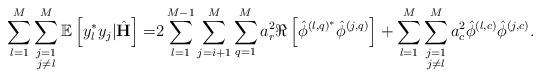
LaTeX: \begin{align*} \sum_{l=1}^M\sum\limits_{\substack{j=1\\j\neq l}}^M\mathbb{E}\left[y_l^* y_j|\hat{\mathbf{H}}\right]=&2\sum_{l=1}^{M-1}\sum_{j=i+1}^{M}\sum_{q=1}^M a_r^2\Re\left[\hat{\phi}^{\left(l,q\right)^*}\hat{\phi}^{\left(j,q\right)}\right]+\sum_{l=1}^M\sum\limits_{\substack{j=1\\j\neq l}}^M a_c^2\hat{\phi}^{\left(l,c\right)}\hat{\phi}^{\left(j,c\right)}.\end{align*}